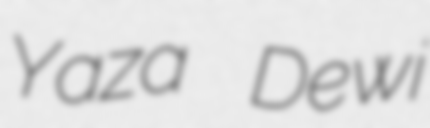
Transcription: Yaza Dewi